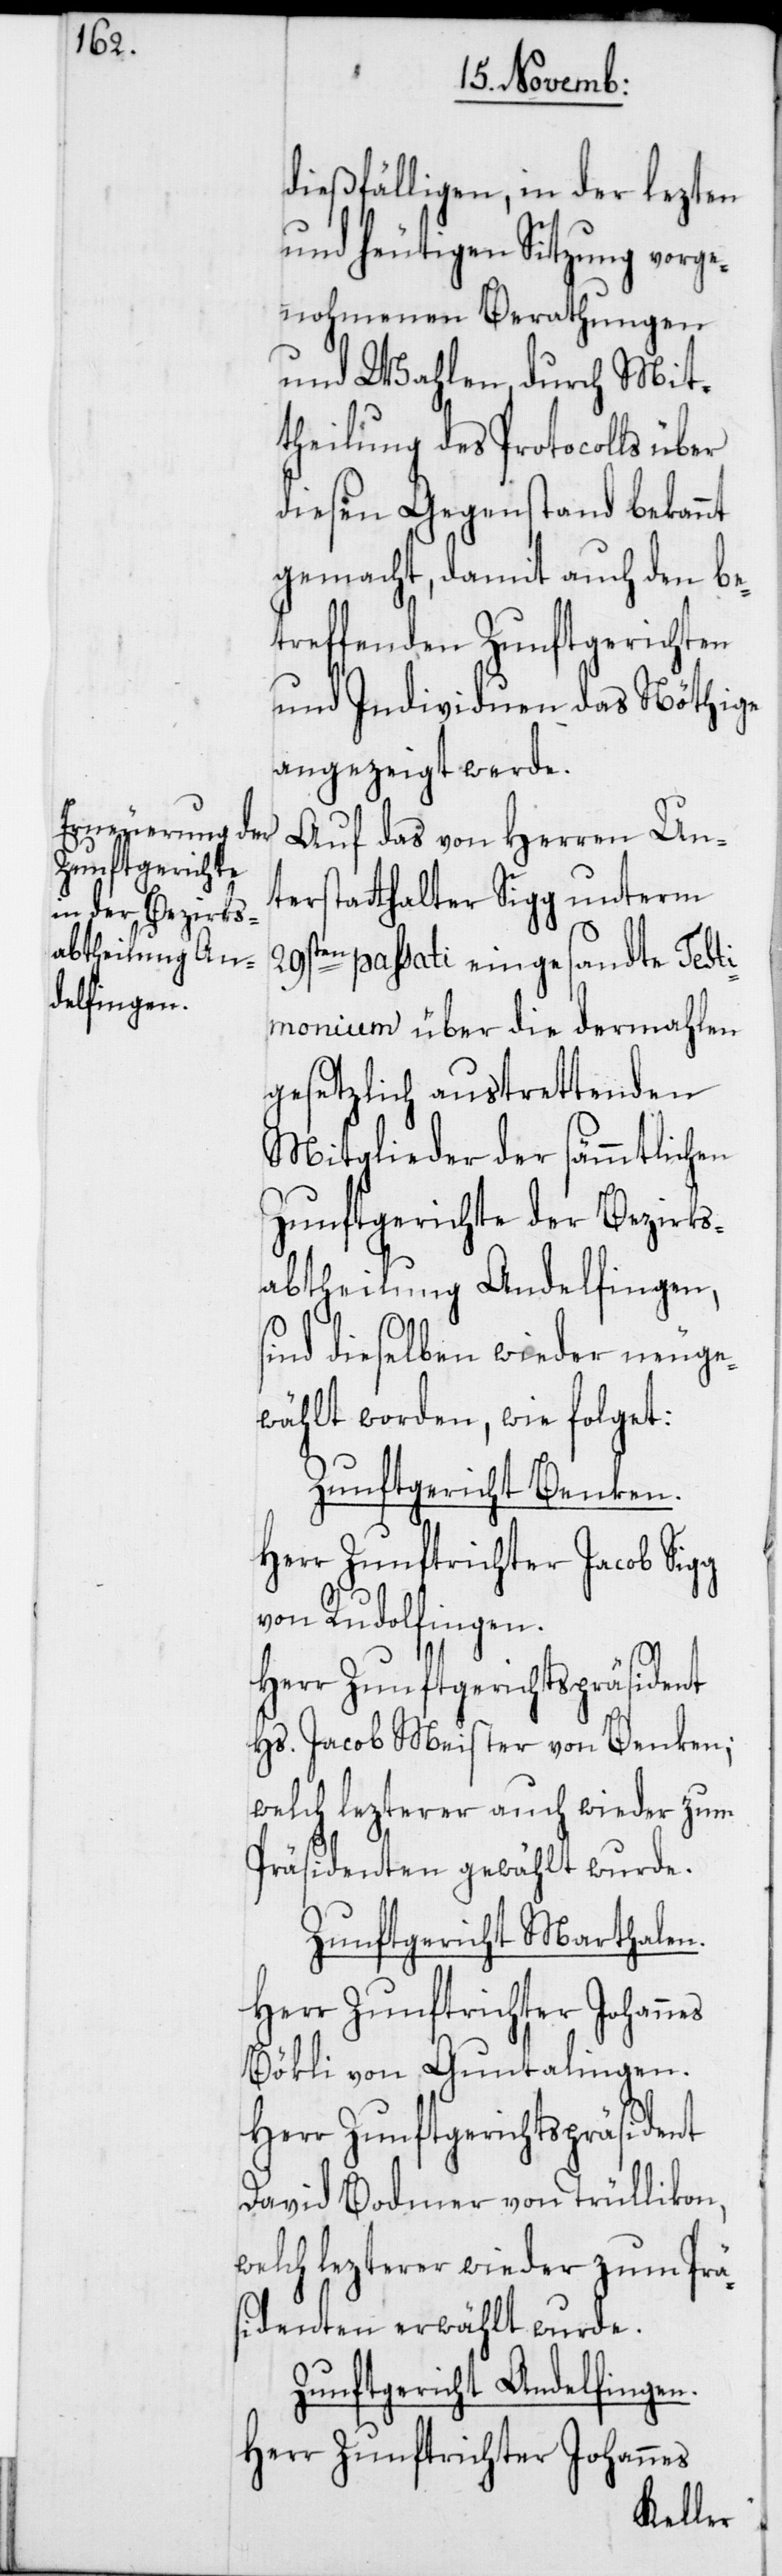
dießfälligen, in der lezten
und heutigen Sitzung vorge¬
nohmenen Berathungen
und Wahlen, durch Mit¬
theilung des Protocolls über
diesen Gegenstand bekannt
gemacht, damit auch den be¬
treffenden Zunftgerichten
und Individuen das Nöthige
angezeigt werde.
Auf das von Herren Un¬
terstatthalter Sigg unterm
29sten passati eingesandte Testi¬
monium über die dermahlen
gesetzlich austrettenden
Mitglieder der sämmtlichen
Zunftgerichte der Bezirks¬
abtheilung Andelfingen,
sind dieselben wieder neuge¬
wählt worden, wie folget:
Zunftgericht Benken.
Herr Zunftrichter Jacob Sigg
von Rudolfingen.
Herr Zunftgerichtspräsident
Hs. Jacob Meister von Benken;
welch lezterer auch wieder zum
Präsidenten gewählt wurde.
Zunftgericht Marthalen.
Herr Zunftrichter Johannes
Bökli von Guntalingen.
David Bodmer von Trüllikon,
welch lezterer wieder zum Prä¬
sidenten erwählt wurde.
Zunftgericht Andelfingen.
Herr Zunftrichter Johannes